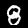
Digit: 8